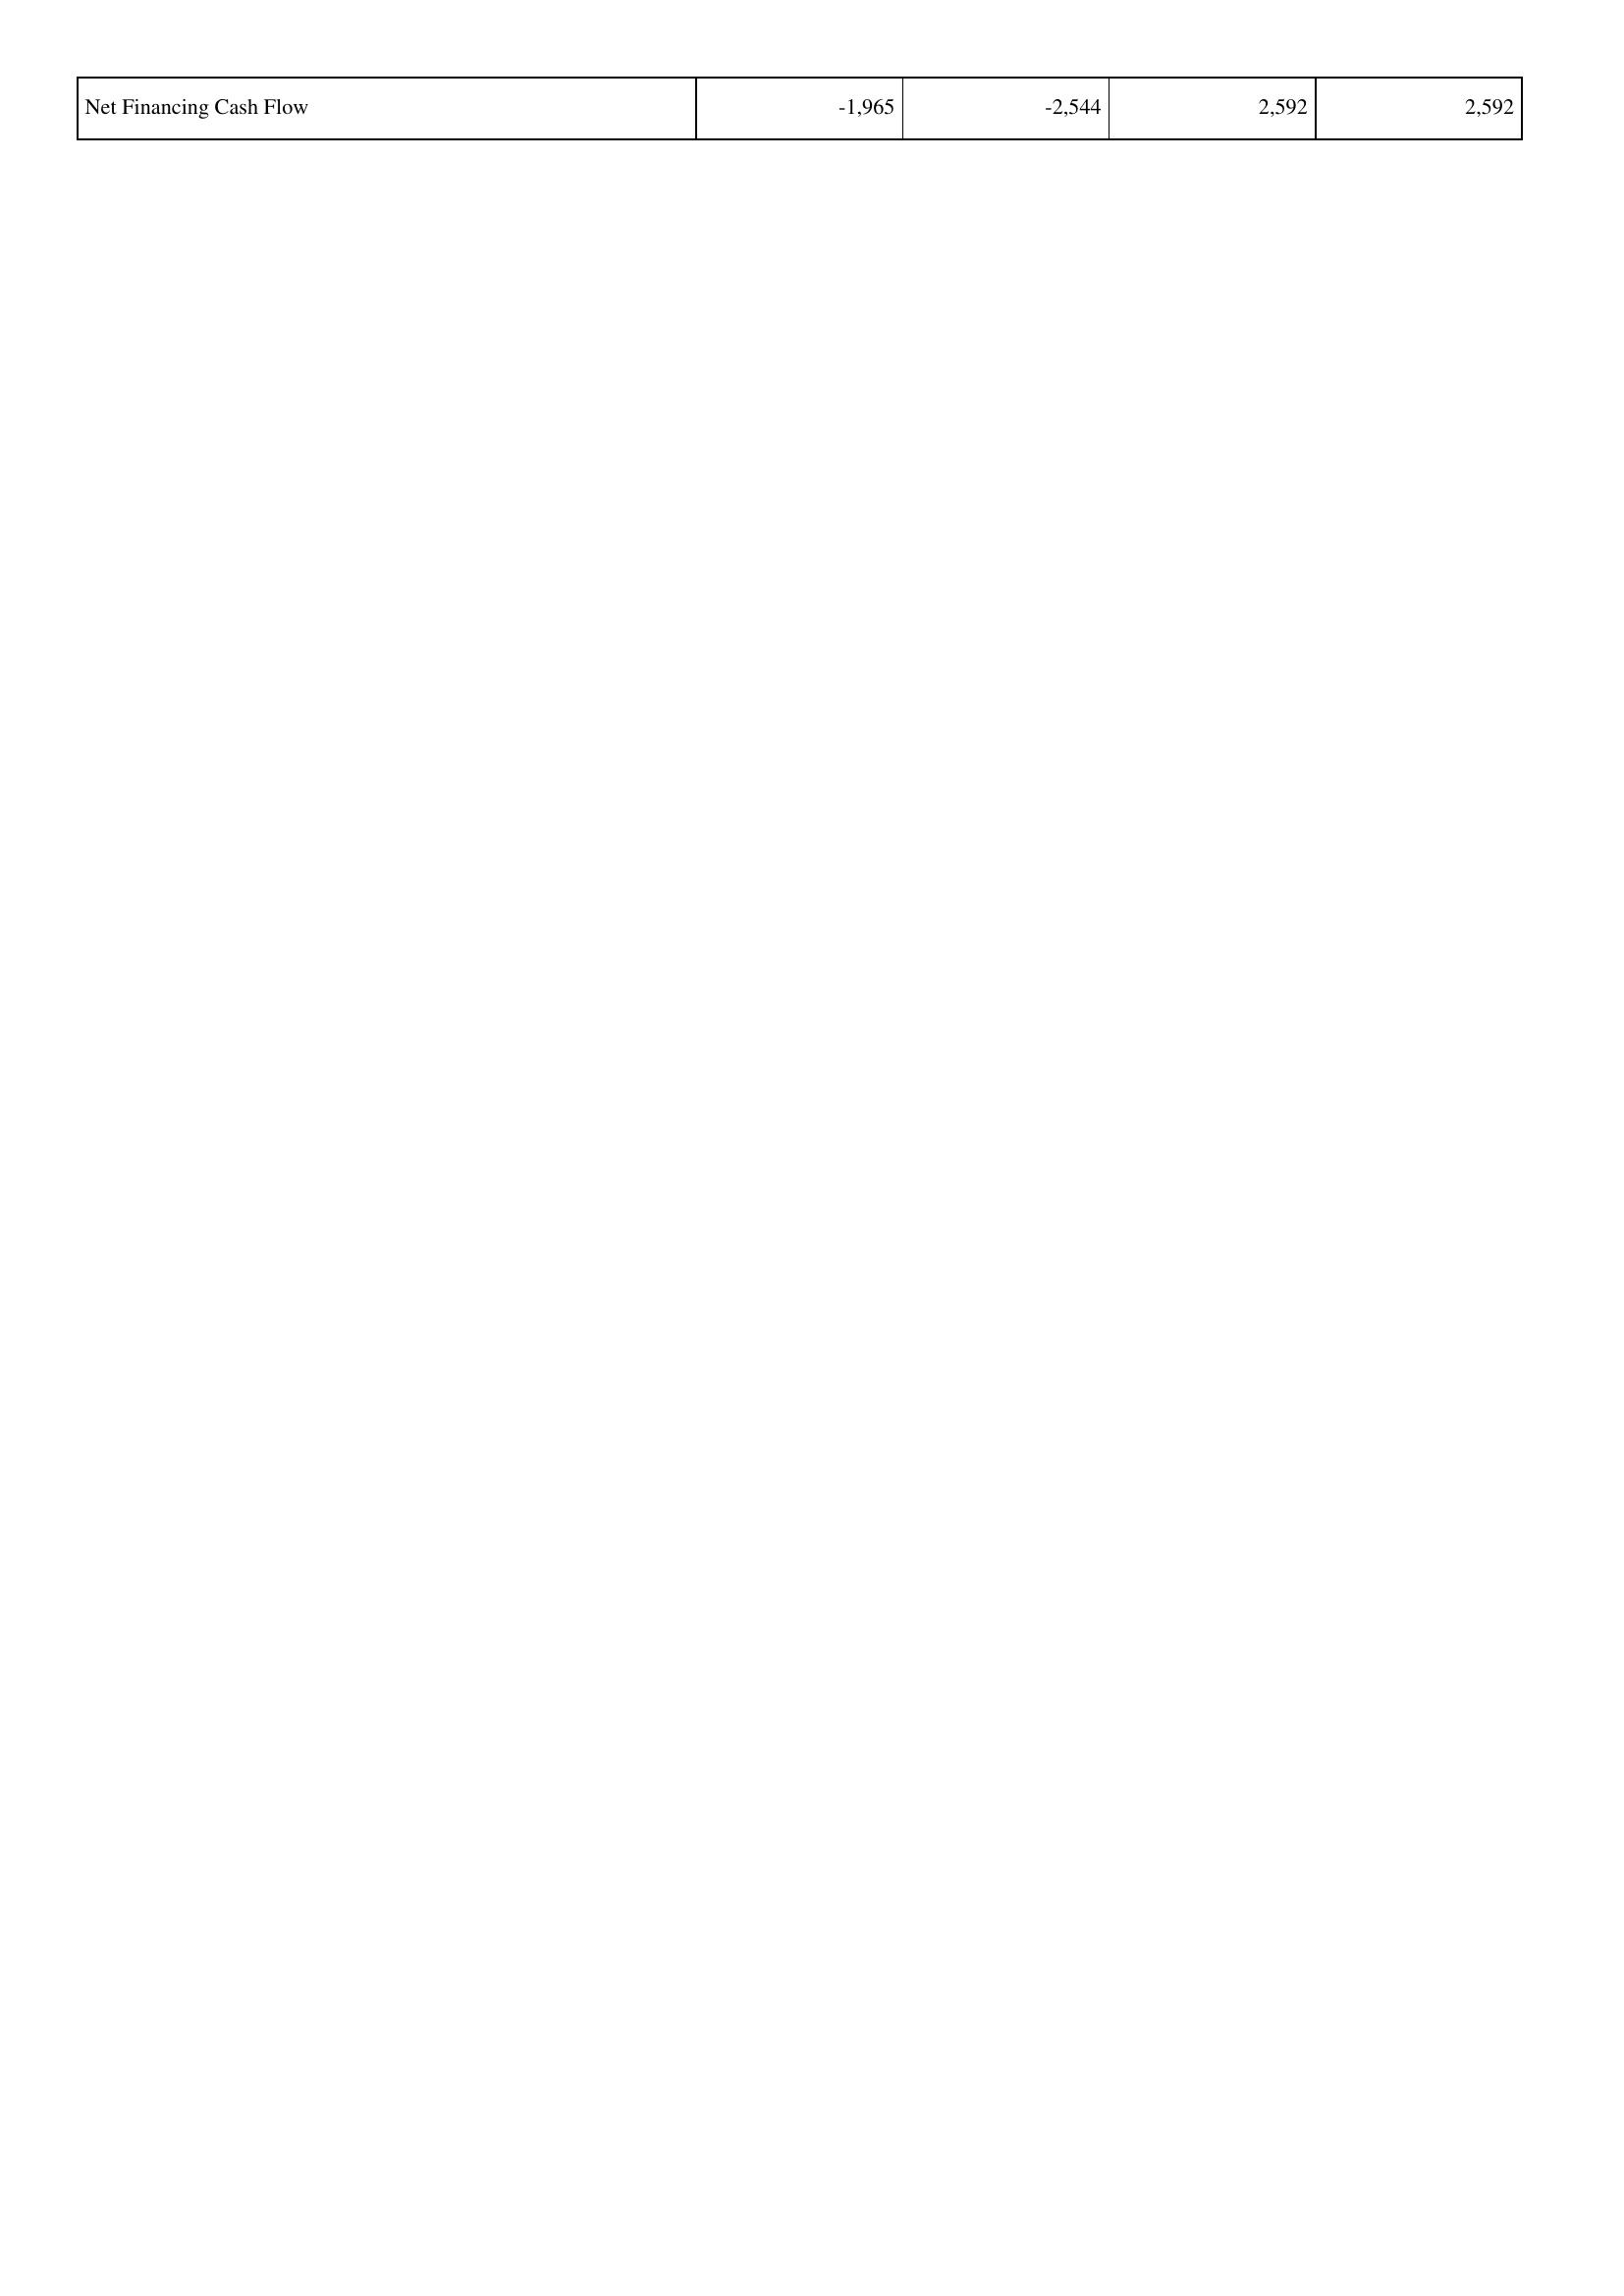
2013: Financing Activities: Net Financing Cash Flow: -1,965
2014: Financing Activities: Net Financing Cash Flow: -2,544
2015: Financing Activities: Net Financing Cash Flow: 2,592
2016: Financing Activities: Net Financing Cash Flow: 2,592